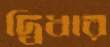
দ্বিধার